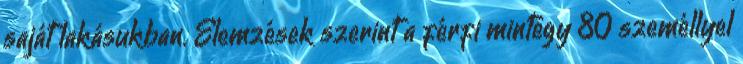
saját lakásukban. Elemzések szerint a férfi mintegy 80 személlyel